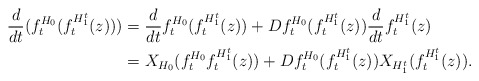
\begin{align*}\frac{d}{dt}(f_{t}^{H_{0}}(f_{t}^{H_{1}^{t}}(z))) & =\frac{d}{dt}f_{t}^{H_{0}}(f_{t}^{H_{1}^{t}}(z))+Df_{t}^{H_{0}}(f_{t}^{H_{1}^{t}}(z))\frac{d}{dt}f_{t}^{H_{1}^{t}}(z)\\& =X_{H_{0}}(f_{t}^{H_{0}}f_{t}^{H_{1}^{t}}(z))+Df_{t}^{H_{0}}(f_{t}^{H_{1}^{t}}(z))X_{H_{1}^{t}}(f_{t}^{H_{1}^{t}}(z)).\end{align*}